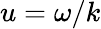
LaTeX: u=\omega/k